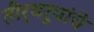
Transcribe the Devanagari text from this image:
तीर्थरूपांचे